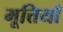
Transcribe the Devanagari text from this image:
मूत्तियाँ